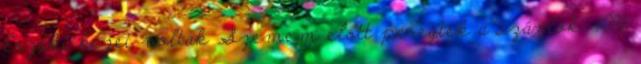
Érzéki kezei voltak Szemem előtt peregtek a számok: 10%